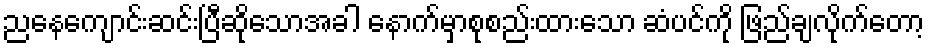
ညနေကျောင်းဆင်းပြီဆိုသောအခါ နောက်မှာစုစည်းထားသော ဆံပင်ကို ဖြည်ချလိုက်တော့